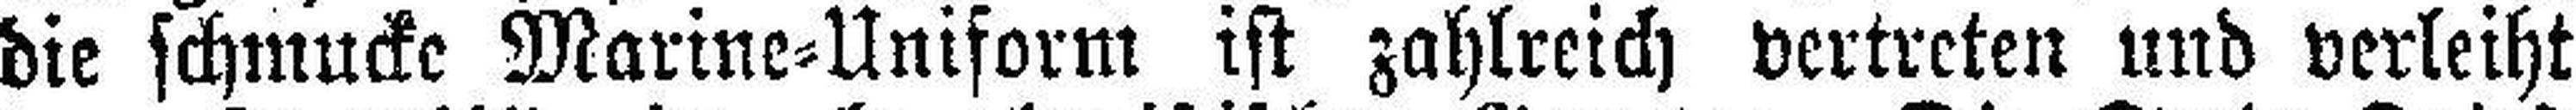
die schmucke Marine=Uniform ist zahlreich vertreten und verleiht